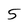
Character: 5